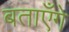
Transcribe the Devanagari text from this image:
बताएँगे